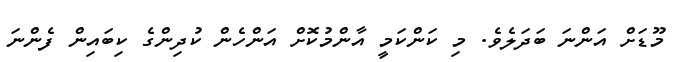
މޫޑަށް އަންނަ ބަދަލެވެ. މި ކަންކަމީ އާންމުކޮށް އަންހެން ކުދިންގެ ކިބައިން ފެންނަ